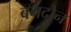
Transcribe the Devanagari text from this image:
बनदौन